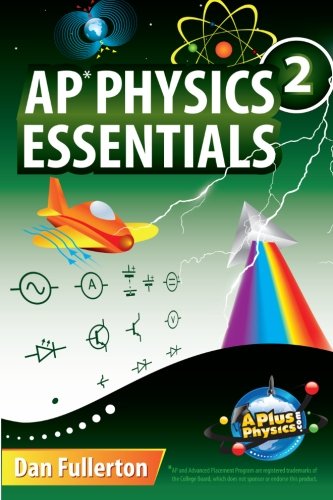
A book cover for AP Physics 2 Essentials: An APlusPhysics Guide; Dan Fullerton; Test Preparation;